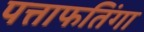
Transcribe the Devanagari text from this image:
पत्ताफतिंगा